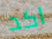
اكد